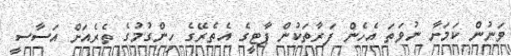
ވަނުން ކަމަށާ ނުވަތަ އެހެން ފަރާތަކުން ޕާޓީގެ އެތެރޭގެ ހިންގުމުގެ ތެރެއަށް އަސާސީ